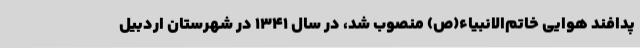
پدافند هوایی خاتم‌الانبیاء(ص) منصوب شد، در سال ۱۳۴۱ در شهرستان اردبیل